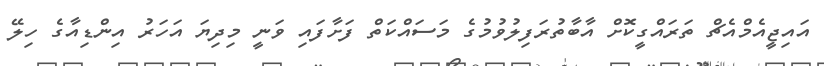
އައިޖީއެމްއެޗް ތަރައްގީކޮށް އާބާތުރަފިލުވުމުގެ މަސައްކަތް ފަށާފައި ވަނީ މިދިޔަ އަހަރު އިންޑިއާގެ ހިލޭ